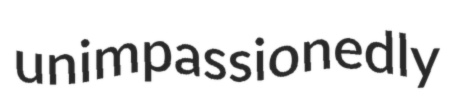
unimpassionedly